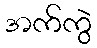
အက်ကွဲ